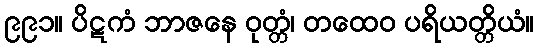
၉၉၁။ ပိဋကံ ဘာဇနေ ဝုတ္တံ၊ တထေဝ ပရိယတ္တိယံ။